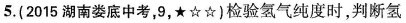
⒌. (2015湖南娄底中考，9，★☆☆)检验氢气纯度时，判断氢